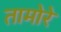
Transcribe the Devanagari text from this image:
तामोरे